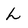
Character: L